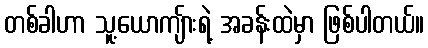
တစ်ခါဟာ သူ့ယောကျ်ားရဲ့ အခန်းထဲမှာ ဖြစ်ပါတယ်။